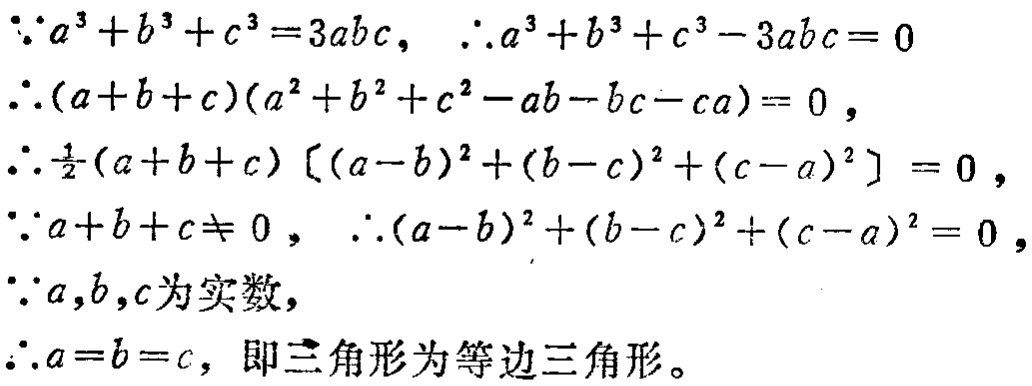
\(\because a^{3}+b^{3}+c^{3}=3abc,\ \therefore a^{3}+b^{3}+c^{3}-3abc = 0\)

\(\therefore (a + b + c)(a^{2}+b^{2}+c^{2}-ab - bc - ca)=0,\)

\(\therefore \frac{1}{2}(a + b + c)[(a - b)^{2}+(b - c)^{2}+(c - a)^{2}]=0,\)

\(\because a + b + c\neq0,\ \therefore (a - b)^{2}+(b - c)^{2}+(c - a)^{2}=0,\)

\(\because a,b,c为实数,\)

\(\therefore a = b = c,\ 即三角形为等边三角形。\)